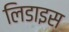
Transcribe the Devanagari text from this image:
लिडाइस